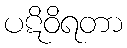
ပဋိဝိရတာ